Lunatic asylums Central Provinces reports 1895-1909 - 1895-1909
Year: 1895
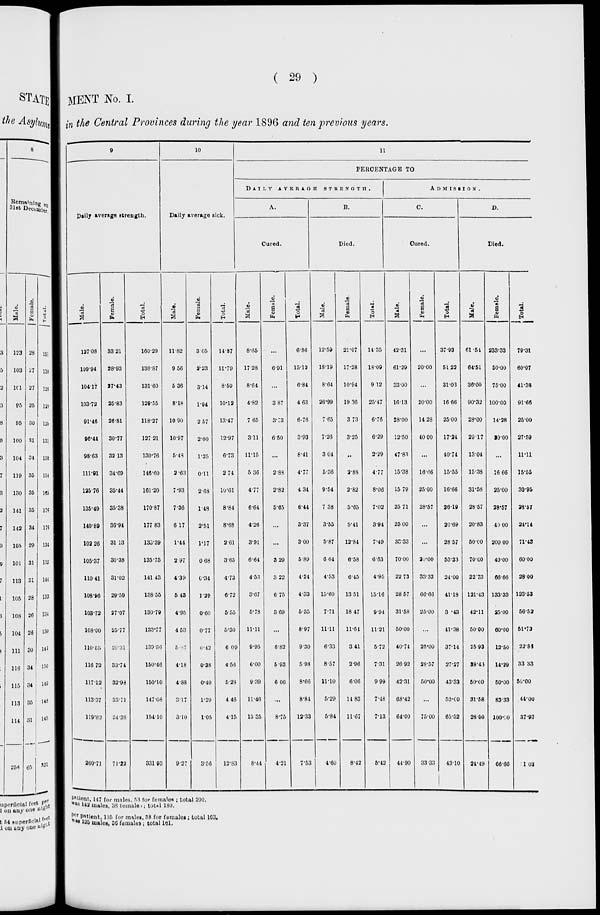
( 29 )
MENT No. I.
in the Central Provinces during the year 1896 and ten previous years.
9
Daily average strength.
Male.
127.08
109.94
104.17
103.72
91.46
96.44
98.63
111.91
125.76
135.49
140.89
102.26
105.37
110.41
108.96
103.72
108.00
110.55
116.72
117.12
113.37
119.82
260.71
Female.
33.21
28.93
27.43
25.83
26.81
30.77
32.13
34.69
35.44
35.38
36.94
31.13
30.38
31.02
29.59
37.07
25.77
29.31
33.74
32.95
33.71
34.28
71.22
Total.
160.29
138.87
131.60
129.55
118.27
127.21
130.76
146.60
161.20
170.87
177.83
133.39
135.75
141.43
138.55
130.79
133.77
139.86
150.46
150.10
147.08
154.10
331.93
10
Daily average sick.
Male.
11.82
9.56
5.36
8.18
10.90
10.97
5.48
2.63
7.93
7.36
6.17
1.44
2.97
4.39
5.43
4.95
4.53
5.67
4.18
4.88
3.17
3.10
9.27
Female.
3.05
2.23
3.14
1.94
2.57
2.00
1.25
0.11
2.68
1.48
2.51
1.17
0.68
0.34
1.29
0.60
0.77
0.42
0.38
0.40
1.29
1.05
3.56
Total.
14.87
11.79
8.50
10.12
13.47
12.97
6.73
2.74
10.61
8.84
8.68
2.61
3.65
4.73
6.72
5.55
5.30
6.09
4.56
5.28
4.46
4.15
12.83
11
PERCENTAGE TO
DAILY
AVERAGE
STRENGTH.
A.
Cured.
Male.
8.65
17.28
8.64
4.82
7.65
3.11
11.15
5.36
4.77
6.64
4.26
3.91
6.64
4.53
3.67
5.78
11.11
9.95
6.00
9 39
11.46
13.35
8.44
Female.
...
6.91
...
3.87
3.73
6.50
...
2.88
2.82
5.65
...
...
3.29
3.22
6.75
3.69
...
6.82
5.93
6.06
...
8.75
4.21
Total.
6.86
15.12
6.84
4.63
6.76
3.93
8.41
4.77
4.34
6.44
3.37
3.00
5.89
4.24
4.33
5.35
8.97
9.30
5.98
8.66
8.84
12.33
7.53
B.
Died.
Male.
12.59
18.19
8.64
26.99
7.65
7.26
3.04
5.36
9.54
7.38
3.55
5.87
6.64
4.53
15.60
7.71
11.11
6.33
8.57
11.10
5.29
5.84
4.60
Female.
21.07
17.28
10.94
19.36
3.73
3.25
...
2.88
2.82
5.65
5.41
12.84
6.58
6.45
13.51
18.47
11.64
3.41
2.96
6.06
14.83
11.67
8.42
Total.
14.35
18.09
9.12
25.47
6.76
6.29
2.29
4.77
8.06
7.02
3.94
7.49
6.63
4.95
15.16
9.94
11.21
5.72
7.31
9.99
7.48
7.13
5.42
ADMISSION.
C.
Cured.
Male.
42.31
61.29
33.00
16.13
28.00
12.50
47.83
15.38
15.79
25.71
25.00
33.33
70.00
22.73
28.57
31.58
50.00
40.74
26.92
42.31
68.42
64.00
44.90
Female.
...
20.00
...
20.00
14.28
40.00
...
16.66
25.00
28.57
...
...
20.00
33.33
66.66
25.00
...
25.00
28.57
50.00
...
75.00
3333
Total.
37.93
51.22
31.03
16.66
25.00
17.24
40.74
15.55
16.66
26.19
20.69
28.57
53.33
24.00
41.18
3.43
41.38
37.14
27.27
43.33
52.00
65.52
43.10
D.
Died.
Male.
61.54
64.51
36.00
90.32
28.00
29.17
13.04
15.38
31.58
28.57
20.83
50.00
70.00
22.73
121.43
42.11
50.00
25.93
38.40
50.00
31.58
28.00
24.49
Female.
233.33
50.00
75.00
100.00
14.28
20.00
...
16.66
25.00
28.57
40.00
200.00
40.00
66.66
133.33
25.00
60.00
12.50
14.29
50.00
83.33
100.00
66.66
Total.
79.31
60.97
41.38
91.66
25.00
27.59
11.11
15.55
30.95
28.57
24.14
71.43
60.00
28.00
123.53
56.52
51.72
22.86
33.33
50.00
44.00
37.93
1.03
patient, 147 for males, 53 for females ; total 200.
was 142 males, 38 females ; total 180.
per patient, 125 for males, 38 for females ; total 163.
was 125 males, 36 females; total 161.